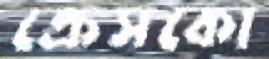
ক্রেসকো